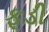
ફૂડી